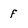
Character: f